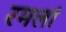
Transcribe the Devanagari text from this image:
रमलां